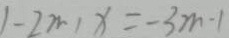
1 - 2 m , x = - 3 m - 1